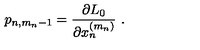
p _ { n , m _ { n } - 1 } = \frac { \partial L _ { 0 } } { \partial x _ { n } ^ { ( m _ { n } ) } } \ .